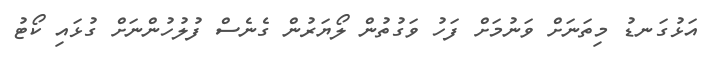
އަޅުގަނޑު މިތަނަށް ވަނުމަށް ފަހު ވަގުތުން ލޯޔަރުން ގެނެސް ފުލުހުންނަށް ގުޅައި ކޯޓު